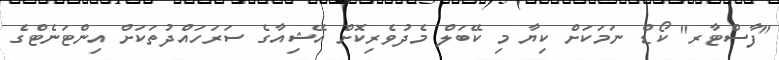
"ފާސްޓާރ" ކޯޑް ނަމަކަށް ކިޔާ މި ކޭބަލް މެދުވެރިކޮށް އޭޝިއާގެ ސަރަހައްދުތަކަށް އިންޓަނެޓްގެ